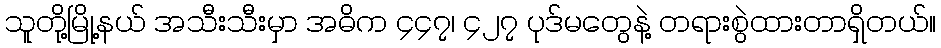
သူတို့မြို့နယ် အသီးသီးမှာ အဓိက ၄၄၇၊ ၄၂၇ ပုဒ်မတွေနဲ့ တရားစွဲထားတာရှိတယ်။